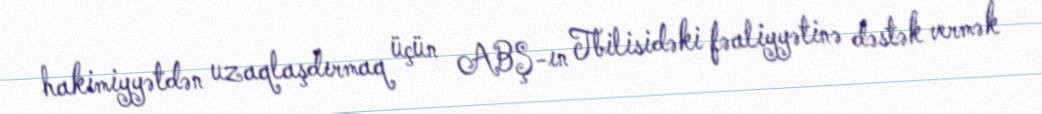
hakimiyyətdən uzaqlaşdırmaq üçün ABŞ-ın Tbilisidəki fəaliyyətinə dəstək vermək